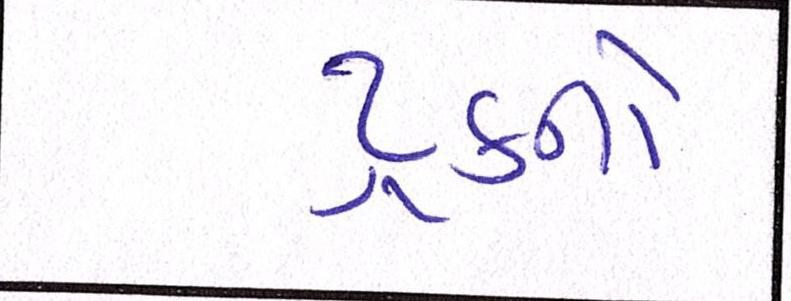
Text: ટ્રકને